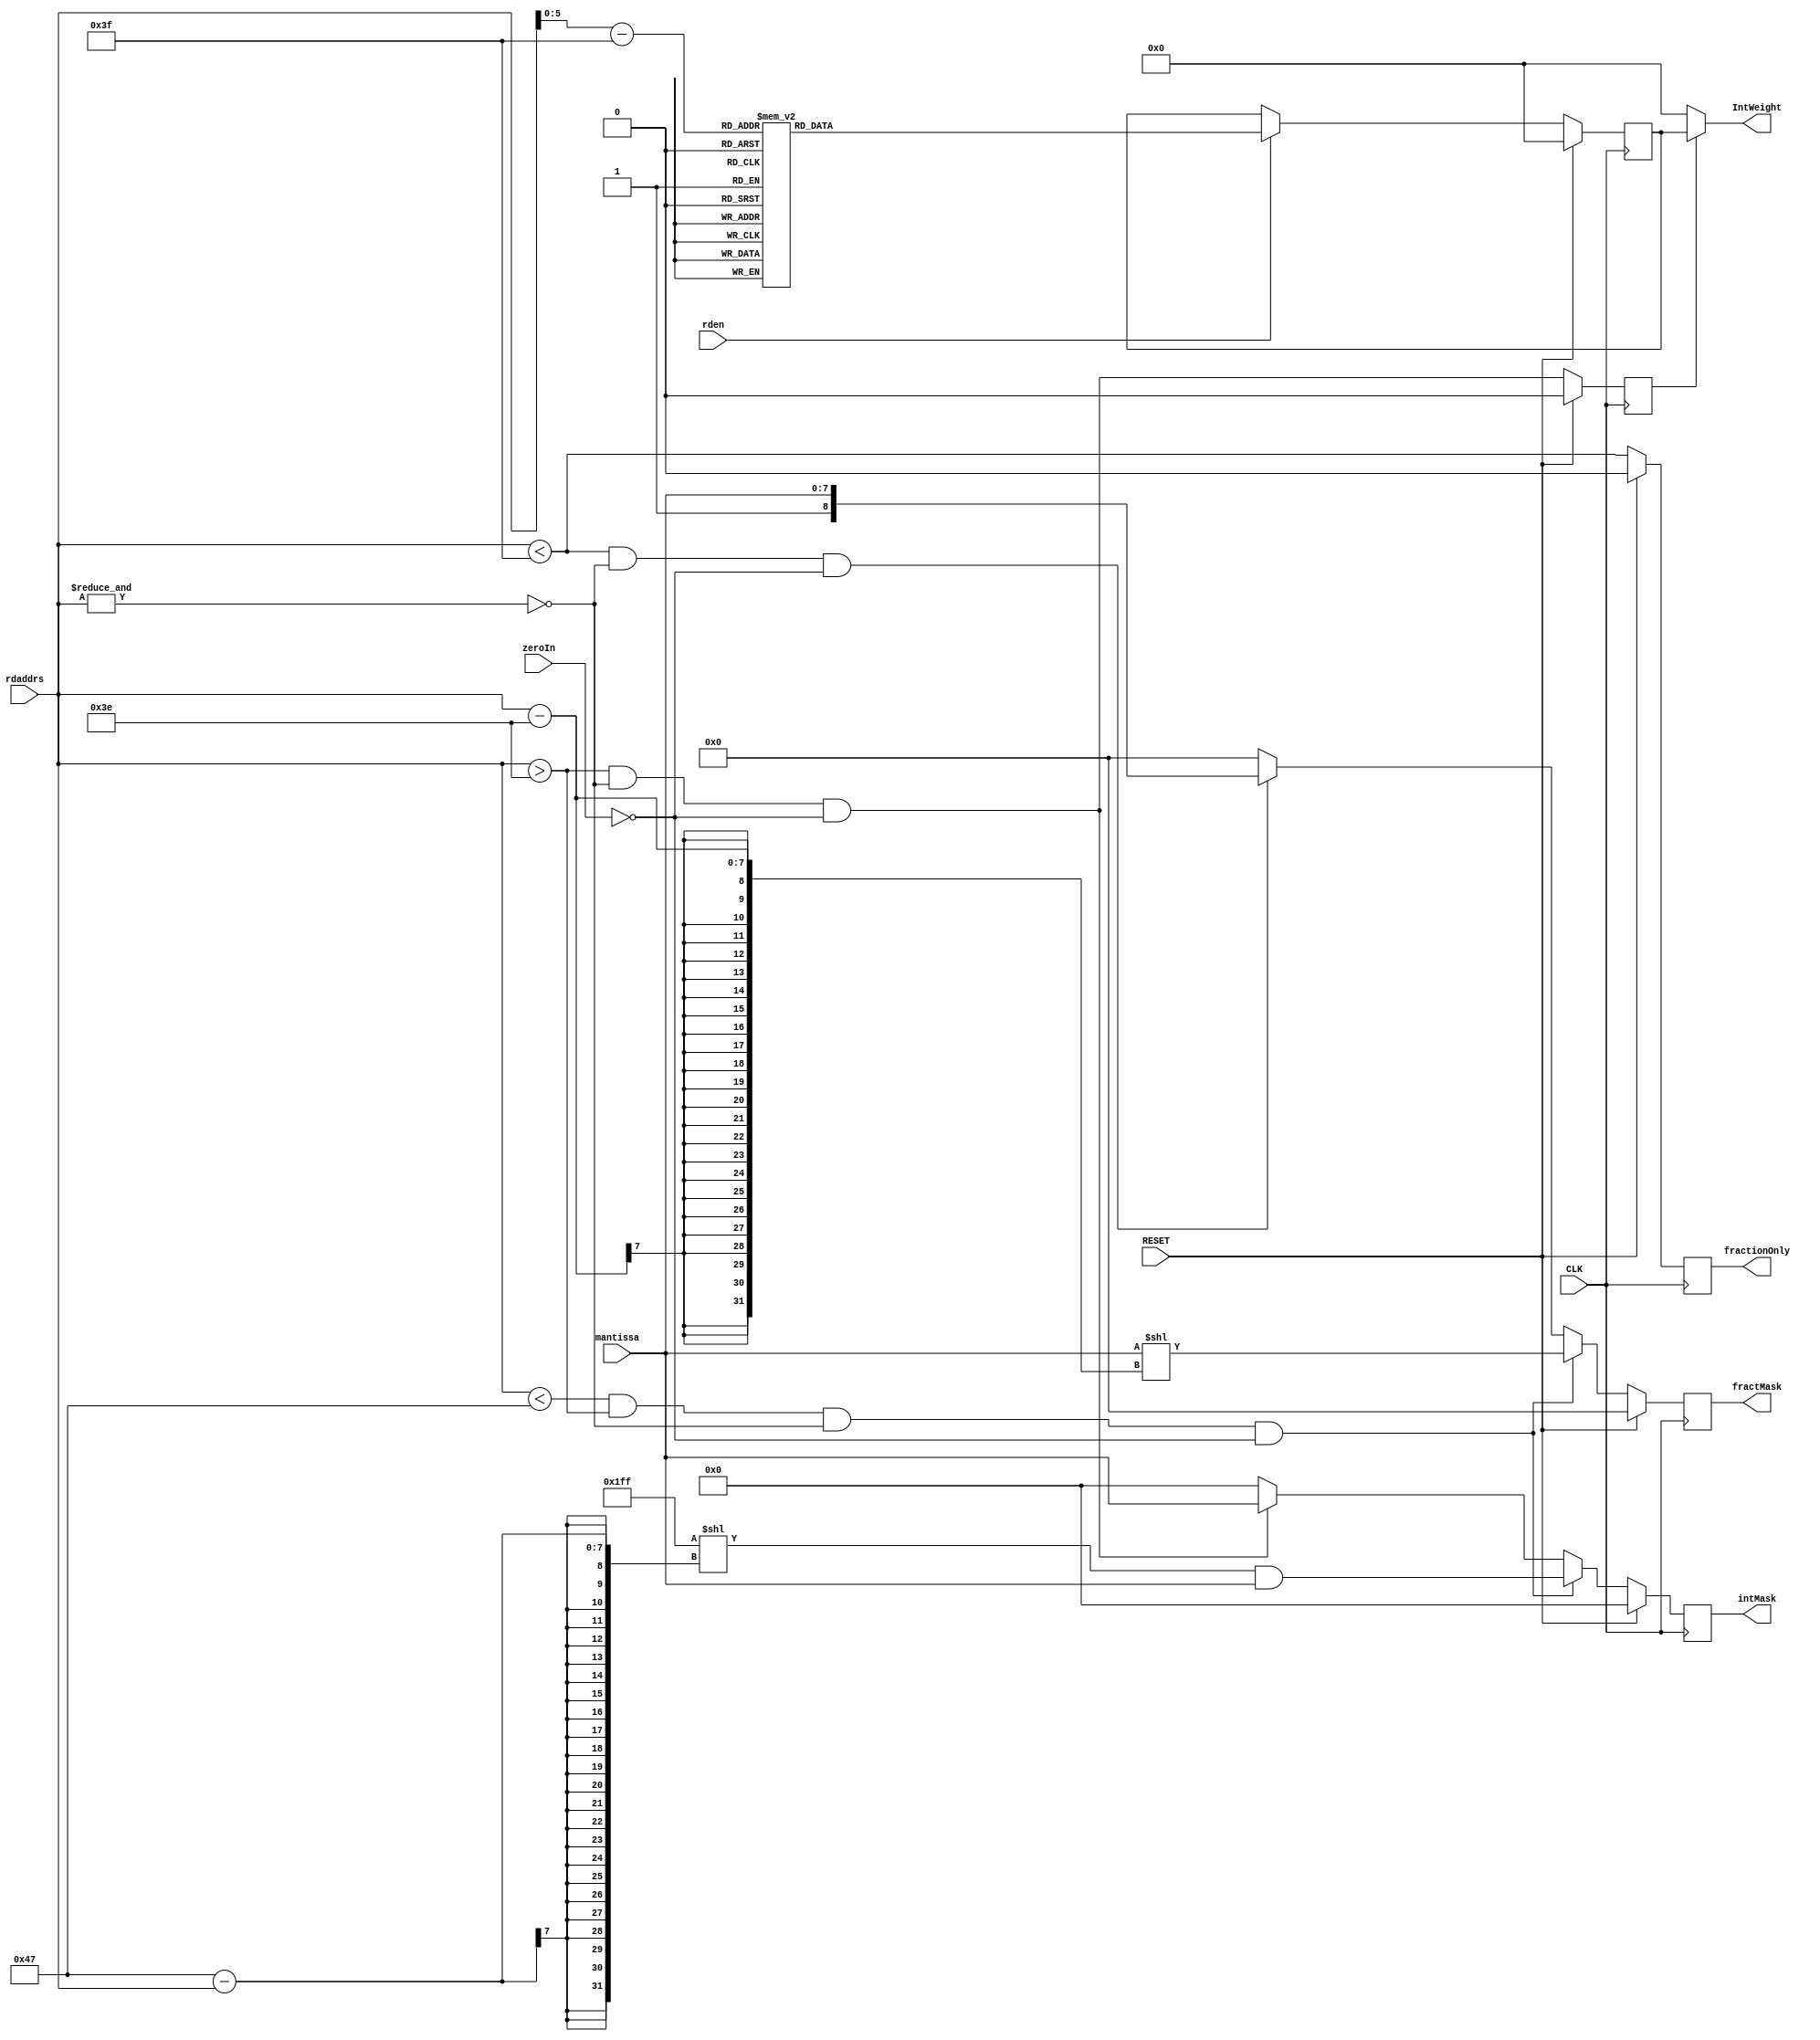
// ROMweightsInt_H8.v
//
// Version:  1.21  November 30, 2019
// Copyright (C) 2019.  All rights reserved.
//
////////////////////////////////////////////////////////////////////////////////////////////////////////////////////////
//                                                                                                                    //
//                                                    Open-Source                                                     //
//                            SYMPL 64-Bit Universal Floating-point ISA Compute Engine and                            //
//                                   Fused Universal Neural Network (FuNN) eNNgine                                    //
//                                    Evaluation and Product Development License                                      //
//                                                                                                                    //
//                                                                                                                    //
// Open-source means:  this source code and this instruction set ("this IP") may be freely downloaded, copied,        //
// modified, distributed and used in accordance with the terms and conditons of the licenses provided herein.         //
//                                                                                                                    //
// Provided that you comply with all the terms and conditions set forth herein, Jerry D. Harthcock ("licensor"),      //
// the original author and exclusive copyright owner of this SYMPL 64-Bit Universal Floating-point ISA Compute Engine //
// and Fused Universal Neural Network (FuNN) eNNgine, including related development software ("this IP"), hereby      //
// grants recipient of this IP ("licensee"), a world-wide, paid-up, non-exclusive license to implement this IP        //
// within the programmable fabric of Xilinx Kintex Ultra and Kintex Ultra+ brand FPGAs--only--and used only for the   //
// purposes of evaluation, education, and development of end products and related development tools.  Furthermore,    //
// limited to the purposes of prototyping, evaluation, characterization and testing of implementations in a hard,     //
// custom or semi-custom ASIC, any university or institution of higher education may have their implementation of     //
// this IP produced for said limited purposes at any foundary of their choosing provided that such prototypes do      //
// not ever wind up in commercial circulation, with this license extending to such foundary and is in connection      //
// with said academic pursuit and under the supervision of said university or institution of higher education.        //
//                                                                                                                    //
// Any copying, distribution, customization, modification, or derivative work of this IP must include an exact copy   //
// of this license and original copyright notice at the very top of each source file and any derived netlist, and,    //
// in the case of binaries, a printed copy of this license and/or a text format copy in a separate file distributed   //
// with said netlists or binary files having the file name, "LICENSE.txt".  You, the licensee, also agree not to      //
// remove any copyright notices from any source file covered or distributed under this Evaluation and Product         //
// Development License.                                                                                               //
//                                                                                                                    //
// LICENSOR DOES NOT WARRANT OR GUARANTEE THAT YOUR USE OF THIS IP WILL NOT INFRINGE THE RIGHTS OF OTHERS OR          //
// THAT IT IS SUITABLE OR FIT FOR ANY PURPOSE AND THAT YOU, THE LICENSEE, AGREE TO HOLD LICENSOR HARMLESS FROM        //
// ANY CLAIM BROUGHT BY YOU OR ANY THIRD PARTY FOR YOUR SUCH USE.                                                     //
//                                                                                                                    //
// Licensor reserves all his rights, including, but in no way limited to, the right to change or modify the terms     //
// and conditions of this Evaluation and Product Development License anytime without notice of any kind to anyone.    //
// By using this IP for any purpose, licensee agrees to all the terms and conditions set forth in this Evaluation     //
// and Product Development License.                                                                                   //
//                                                                                                                    //
// This Evaluation and Product Development License does not include the right to sell products that incorporate       //
// this IP or any IP derived from this IP. If you would like to obtain such a license, please contact Licensor.       //
//                                                                                                                    //
// Licensor can be contacted at:  SYMPL.gpu@gmail.com or Jerry.Harthcock@gmail.com                                    //
//                                                                                                                    //
////////////////////////////////////////////////////////////////////////////////////////////////////////////////////////

 `timescale 1ns/100ps

module ROMweightsInt_H8 (
    CLK,
    RESET,
    rden,
    rdaddrs,
    IntWeight,
    mantissa,
    fractMask,
    intMask,
    zeroIn,
    fractionOnly
    );    

input  CLK;
input  RESET;
input  rden;
input  [6:0] rdaddrs;
input  [7:0] mantissa;
output [26:0] IntWeight;
output [8:0] fractMask;
output [7:0] intMask;
input zeroIn;
output fractionOnly;

//(* ram_style = "distributed" *) 
//(* rom_style = "block" *) reg  [26:0] RAMA[63:0];
reg  [26:0] RAMA[63:0];
reg  [26:0] rddata;
reg intEnable;
reg NaN_q;    //or inf
reg fractionOnly;

reg [7:0] intMask;
reg [8:0] fractMask;

wire [26:0] IntWeight;
wire [5:0] unbiasedExp;
wire NaN;
assign IntWeight = intEnable ? rddata[26:0] : 0;
assign unbiasedExp = rdaddrs - 63;
assign NaN = &rdaddrs;

initial begin
    RAMA[  63] = 27'D92233720;   //   + 18  
    RAMA[  62] = 27'D46116860;   //   + 18  
    RAMA[  61] = 27'D23058430;   //   + 18  
    RAMA[  60] = 27'D11529215;   //   + 18  
    RAMA[  59] = 27'D57646075;   //   + 17  
    RAMA[  58] = 27'D28823037;   //   + 17  
    RAMA[  57] = 27'D14411518;   //   + 17  
    RAMA[  56] = 27'D72057594;   //   + 16  
    RAMA[  55] = 27'D36028797;   //   + 16  
    RAMA[  54] = 27'D18014398;   //   + 16  
    RAMA[  53] = 27'D90071992;   //   + 15  
    RAMA[  52] = 27'D45035996;   //   + 15  
    RAMA[  51] = 27'D22517998;   //   + 15  
    RAMA[  50] = 27'D11258999;   //   + 15   
    RAMA[  49] = 27'D56294995;   //   + 14  
    RAMA[  48] = 27'D28147497;   //   + 14  
    RAMA[  47] = 27'D14073748;   //   + 14  
    RAMA[  46] = 27'D70368744;   //   + 13  
    RAMA[  45] = 27'D35184372;   //   + 13  
    RAMA[  44] = 27'D17592186;   //   + 13  
    RAMA[  43] = 27'D87960930;   //   + 12  
    RAMA[  42] = 27'D43980465;   //   + 12  
    RAMA[  41] = 27'D21990232;   //   + 12  
    RAMA[  40] = 27'D10995116;   //   + 12  
    RAMA[  39] = 27'D54975581;   //   + 11  
    RAMA[  38] = 27'D27487790;   //   + 11  
    RAMA[  37] = 27'D13743895;   //   + 11  
    RAMA[  36] = 27'D68719476;   //   + 10  
    RAMA[  35] = 27'D34359738;   //   + 10  
    RAMA[  34] = 27'D17179869;   //   + 10  
    RAMA[  33] = 27'D85899345;   //   +  9  
    RAMA[  32] = 27'D42949672;   //   +  9  
    RAMA[  31] = 27'D21474836;   //   +  9  
    RAMA[  30] = 27'D10737418;   //   +  9  
    RAMA[  29] = 27'D53687091;   //   +  8  
    RAMA[  28] = 27'D26843545;   //   +  8  
    RAMA[  27] = 27'D13421772;   //   +  8 
    RAMA[  26] = 27'D67108864;   //   +  7  
    RAMA[  25] = 27'D33554432;   //   +  7  
    RAMA[  24] = 27'D16777216;   //   +  7  
    RAMA[  23] = 27'D08388608;   //   +  6  
    RAMA[  22] = 27'D04194304;   //   +  6  
    RAMA[  21] = 27'D02097152;   //   +  6  
    RAMA[  20] = 27'D01048576;   //   +  6  
    RAMA[  19] = 27'D00524288;   //   +  5  
    RAMA[  18] = 27'D00262144;   //   +  5  
    RAMA[  17] = 27'D00131072;   //   +  5  
    RAMA[  16] = 27'D00065536;   //   +  4  
    RAMA[  15] = 27'D00032768;   //   +  4  
    RAMA[  14] = 27'D00016384;   //   +  4  
    RAMA[  13] = 27'D00008192;   //   +  3  
    RAMA[  12] = 27'D00004096;   //   +  3  
    RAMA[  11] = 27'D00002048;   //   +  3  
    RAMA[  10] = 27'D00001024;   //   +  3  
    RAMA[   9] = 27'D00000512;   //   +  2     72
    RAMA[   8] = 27'D00000256;   //   +  2     71  8
    RAMA[   7] = 27'D00000128;   //   +  2     70  7
    RAMA[   6] = 27'D00000064;   //   +  1     69  6
    RAMA[   5] = 27'D00000032;   //   +  1     68  5
    RAMA[   4] = 27'D00000016;   //   +  1     67  4
    RAMA[   3] = 27'D00000008;   //   +  0     66  3
    RAMA[   2] = 27'D00000004;   //   +  0     65  2
    RAMA[   1] = 27'D00000002;   //   +  0     64  1
    RAMA[   0] = 27'D00000001;   //   +  0     63  0
end                                                                      

always @(posedge CLK) begin
    if (RESET) begin
        intEnable <= 1'b0;
        NaN_q <= 1'b0;
        fractionOnly <= 1'b0;
        intMask <= 0;
        fractMask <= 0;
    end
    else begin
        intEnable <= (rdaddrs > 62) && ~NaN && ~zeroIn;  //rdaddrs is biased
        NaN_q <= NaN;
        fractionOnly <= rdaddrs < 63;
        
        if ((rdaddrs[6:0] < 71) && (rdaddrs[6:0] > 62) && ~NaN && ~zeroIn) intMask <= ({9{1'b1}} << (71 - rdaddrs[6:0])) & mantissa;
        else if ((rdaddrs[6:0] > 62) && ~NaN && ~zeroIn) intMask <= mantissa;
        else intMask <= 0;
        if ((rdaddrs[6:0] < 71) && (rdaddrs[6:0] > 62) && ~NaN && ~zeroIn) fractMask <= mantissa << (rdaddrs[6:0] - 62);
        else if ((rdaddrs[6:0] < 63) && ~NaN && ~zeroIn) fractMask <= {1'b1, mantissa};  //fraction only
        else fractMask <= 0;        

    end
end
    
always @(posedge CLK) begin
    if (RESET) rddata <= 0;
    else if (rden) rddata <= RAMA[unbiasedExp[5:0]];   
end

endmodule